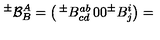
{ ^ { \pm } } { \cal B } _ { B } ^ { A } = \left( \begin{matrix} { { ^ \pm } B _ { c d } ^ { a b } } & { 0 } \\ { 0 } & { { ^ \pm } B _ { j } ^ { i } } \\ \end{matrix} \right) =